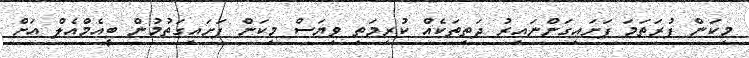
މިކަން ފުރަތަމަ ފަށައިގަންނައިރު ދަތިތަކެއް ކުރިމަތި ވިޔަސް މިކަން ފަށައިގަތުމުން ބީއެމްއެލް އަށް